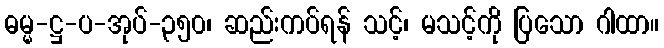
ဓမ္မ-ဋ္ဌ-ပ-အုပ်-၃၅၀၊ ဆည်းကပ်ရန် သင့်၊ မသင့်ကို ပြသော ဂါထာ။